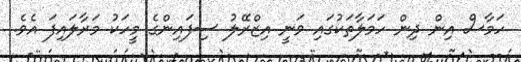
ހަމާސް އިން ދިން ހަމަލާތަކުގައި ވަނީ އިޒްރޭލު ސިފައިންގެ މީހަކު މަރާލައިފަ އެވެ.